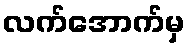
လက်အောက်မှ